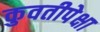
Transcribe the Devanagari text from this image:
कुवतीपेक्षा